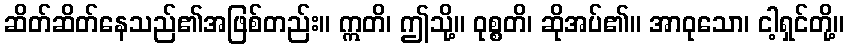
ဆိတ်ဆိတ်နေသည်၏အဖြစ်တည်း။ ဣတိ၊ ဤသို့။ ဝုစ္စတိ၊ ဆိုအပ်၏။ အာဝုသော၊ ငါ့ရှင်တို့။